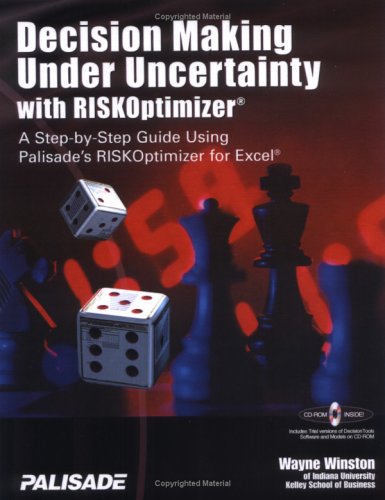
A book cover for Decision Making Under Uncertainty With RISKOptimizer : A Step-To-Step Guide Using Palisade's RISKOptimizer for Excel; Wayne L. Winston; Computers & Technology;